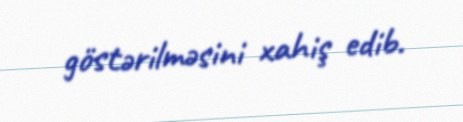
göstərilməsini xahiş edib.